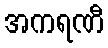
အကရဏီ